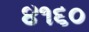
૪૧૬૦